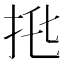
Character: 𢫅